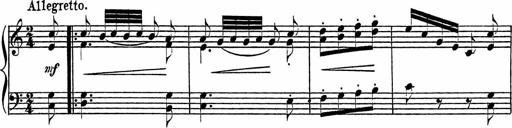
Title: Piano Sonatinas
Composer: Charles Fradel